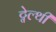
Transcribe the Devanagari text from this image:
ट्वेल्‍थी